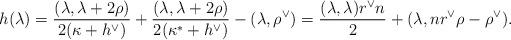
LaTeX: \begin{align*}h(\lambda) = \frac{(\lambda, \lambda + 2\rho)}{2 (\kappa+h^\vee)} + \frac{(\lambda, \lambda + 2\rho)}{2 (\kappa^*+h^\vee)} - (\lambda, \rho^\vee) = \frac{(\lambda,\lambda) r^\vee n }{2} + (\lambda, n r^\vee \rho -\rho^\vee).\end{align*}